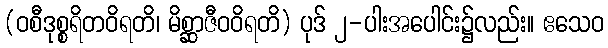
(ဝစီဒုစ္စရိတဝိရတိ၊ မိစ္ဆာဇီဝဝိရတိ) ပုဒ် ၂-ပါးအပေါင်း၌လည်း။ ဧသေဝ